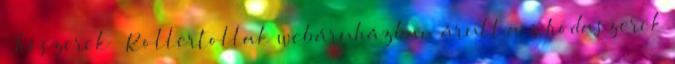
Írószerek Rollertollak webáruházban árult a z Irodaszerek